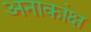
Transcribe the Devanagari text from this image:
अनाकांक्ष